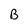
Character: B